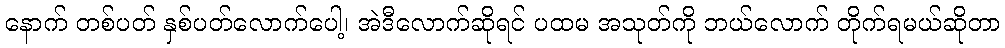
နောက် တစ်ပတ် နှစ်ပတ်လောက်ပေါ့၊ အဲဒီလောက်ဆိုရင် ပထမ အသုတ်ကို ဘယ်လောက် တိုက်ရမယ်ဆိုတာ